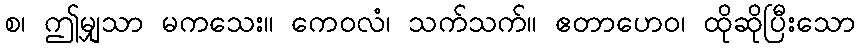
စ၊ ဤမျှသာ မကသေး။ ကေဝလံ၊ သက်သက်။ ဧတာဟေဝ၊ ထိုဆိုပြီးသော